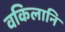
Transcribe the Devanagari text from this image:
वकिलानि